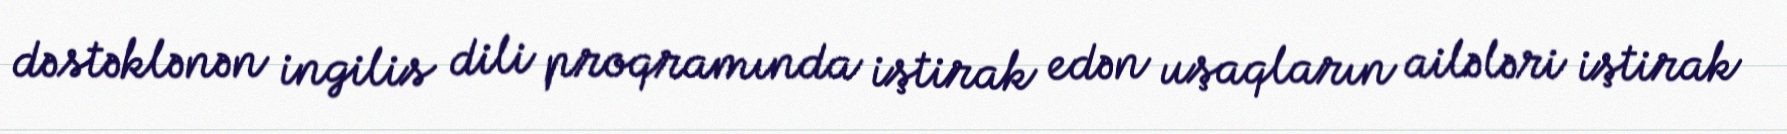
dəstəklənən ingilis dili proqramında iştirak edən uşaqların ailələri iştirak